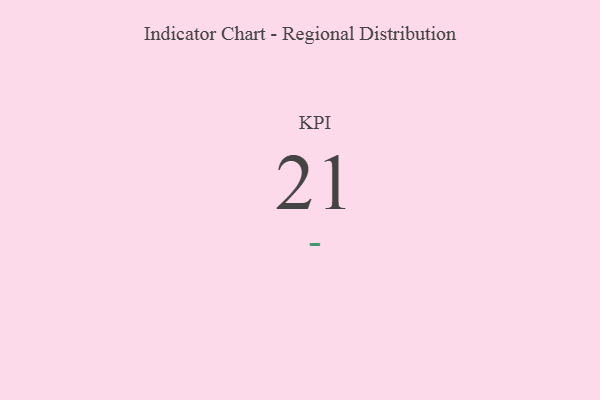
{"axis": {"x": "KPI", "y": "Value"}, "legend": [""], "data": [{"x": "KPI", "y": 21, "type": ""}]}